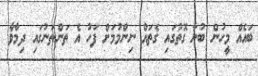
ބައެއް މީހުން ބުނާ ގޮތުގައި ގެތައް ނިންމުމަށް ފަހު އެ ތަންތަނުގައި ދިމާވާ